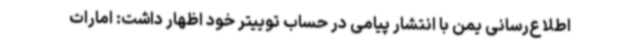
اطلاع‌رسانی یمن با انتشار پیامی در حساب توییتر خود اظهار داشت: امارات